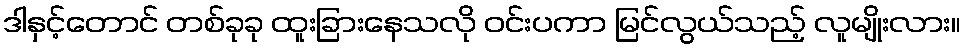
ဒါနှင့်တောင် တစ်ခုခု ထူးခြားနေသလို ဝင်းပကာ မြင်လွယ်သည့် လူမျိုးလား။